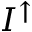
I ^ { \uparrow }